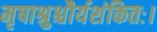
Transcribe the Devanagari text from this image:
मृषाश्रुश्चौर्यशंकितः।